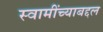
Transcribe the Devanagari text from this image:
स्वामींच्याबद्दल